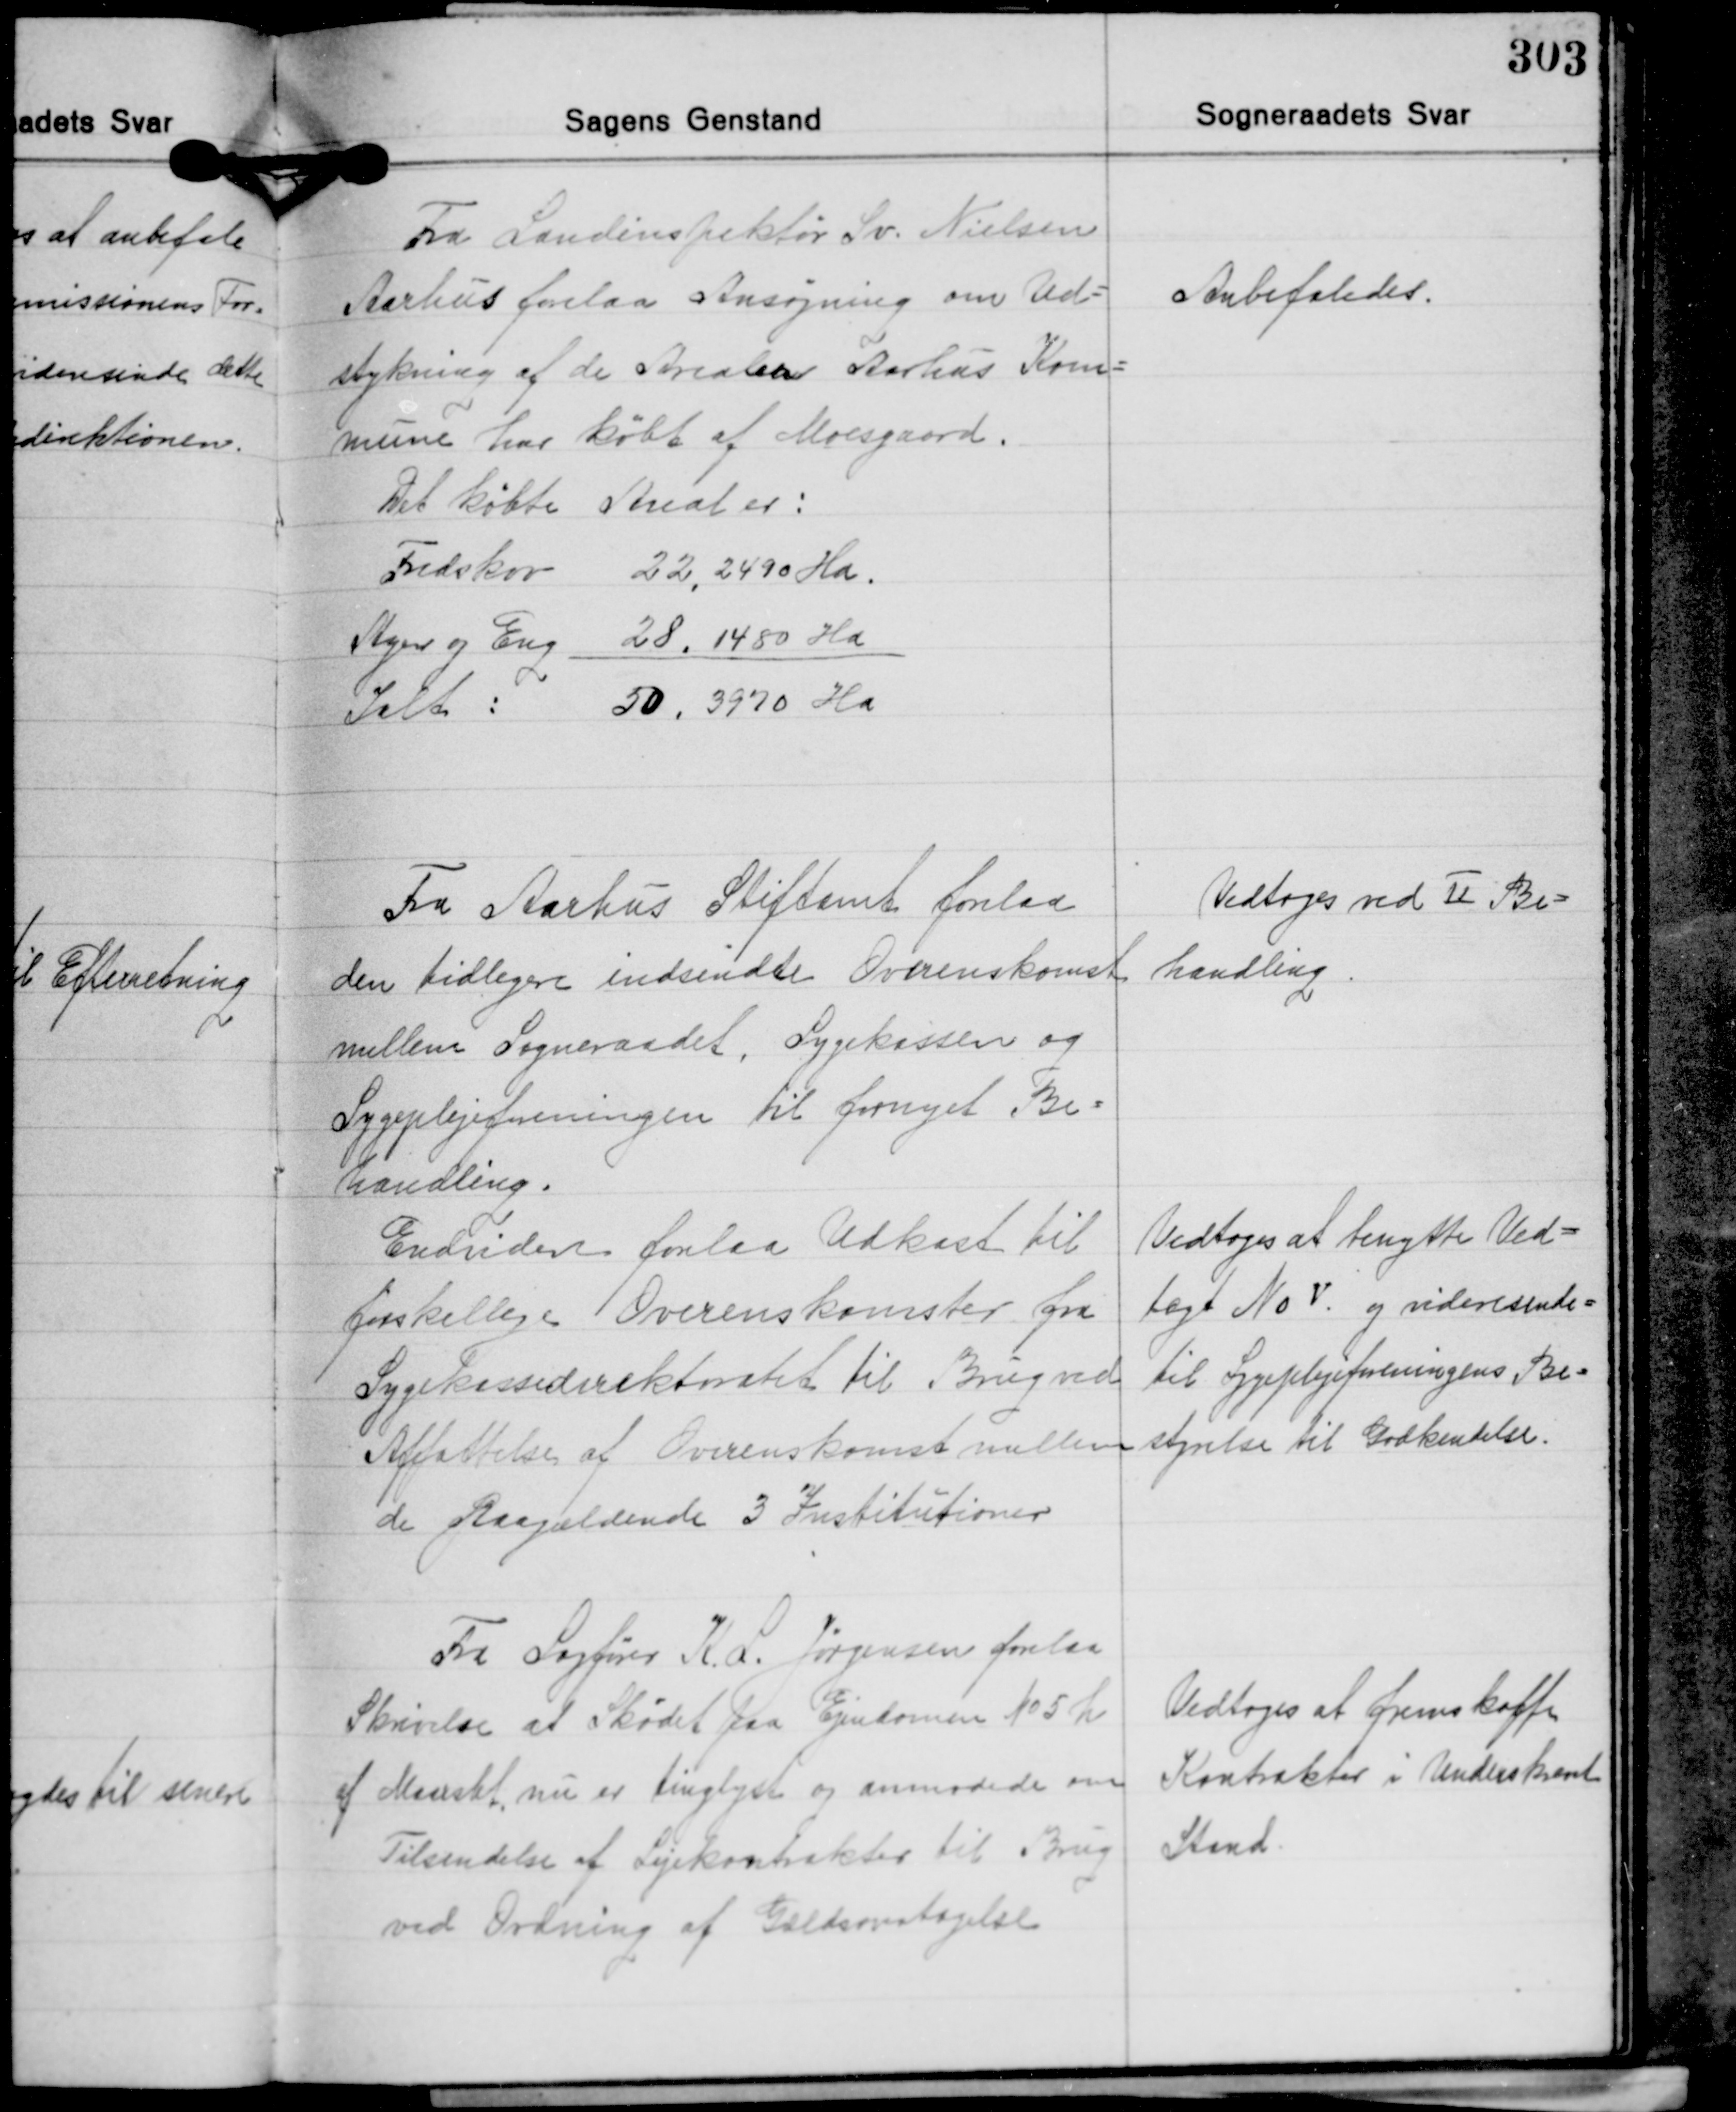
Transskription:
Fra Landinspektør Sv. Nielsen
Aarhus forelaa Ansøgning om Ud-
stykning af de Arealer Aarhus Kom-
mune har købt af Moesgaard.
Det købte Areal er:
Fredskov 22,2490 Ha
Ager og Eng 28,1480 Ha
Ialt: 50,3970 Ha

Anbefaledes.

Fra Aarhus Stiftamt forelaa
den tidligere indsendte Overenskomst
mellem Sogneraadet, Sygekassen og
Sygeplejeforeningen til fornyet Be-
handling.

Vedtoges ved Ⅱ Be-
handling

Endvidere forelaa Udkast til
forskellige Overenskomster fra
Sygekassedirektoratet til Brug ved
Affattelse af Overenskomst mellem
de paagældende 3 Institutioner

Vedtoges at benytte Ved-
tægt No Ⅴ og videresende
til Sygeplejeforeningens Be-
styrelse til Godkendelse.

Fra Sagfører K. L. Jørgensen forelaa
Skrivelse at Skødet paa Ejendomen No 5 h
af Maarslet nu er tinglyst og anmodede om
Tilsendelse af Lejekontrakter til Brug
ved Ordning af Gældsovertagelse

Vedtoges at fremskaffe
Kontrakter i Underskrevet
Stand.